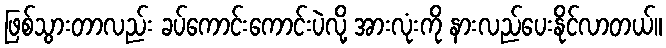
ဖြစ်သွားတာလည်း ခပ်ကောင်းကောင်းပဲလို့ အားလုံးကို နားလည်ပေးနိုင်လာတယ်။